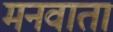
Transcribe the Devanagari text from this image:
मनवाता